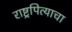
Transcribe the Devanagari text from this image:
राष्ट्रपित्याचा